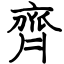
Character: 齊